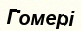
Гомері